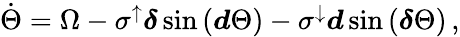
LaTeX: \begin{array}{r}{\dot{\Theta}=\Omega-\sigma^{\uparrow}\boldsymbol{\delta}\sin\left(\boldsymbol{d}\Theta\right)-\sigma^{\downarrow}\boldsymbol{d}\sin\left(\boldsymbol{\delta}\Theta\right)\, ,}\end{array}